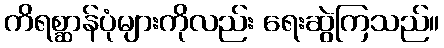
ကိရစ္ဆာန်ပုံများကိုလည်း ရေးဆွဲကြသည်။